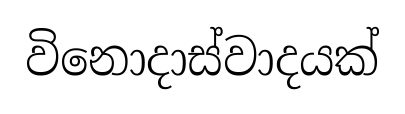
විනොදාස්වාදයක්